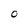
Character: O